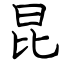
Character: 昆